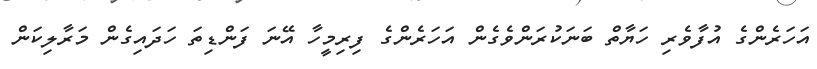
އަހަރެންގެ އުފާވެރި ހަޔާތް ބަނަކުރަންވެގެން އަހަރެންގެ ފިރިމީހާ އޭނަ ފަންޑިތަ ހަދައިގެން މަރާލިކަން